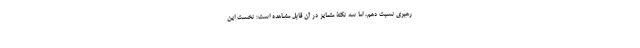
رهبری نسبت دهم، اما سه نکتۀ متمایز در آن قابل مشاهده است: نخست این